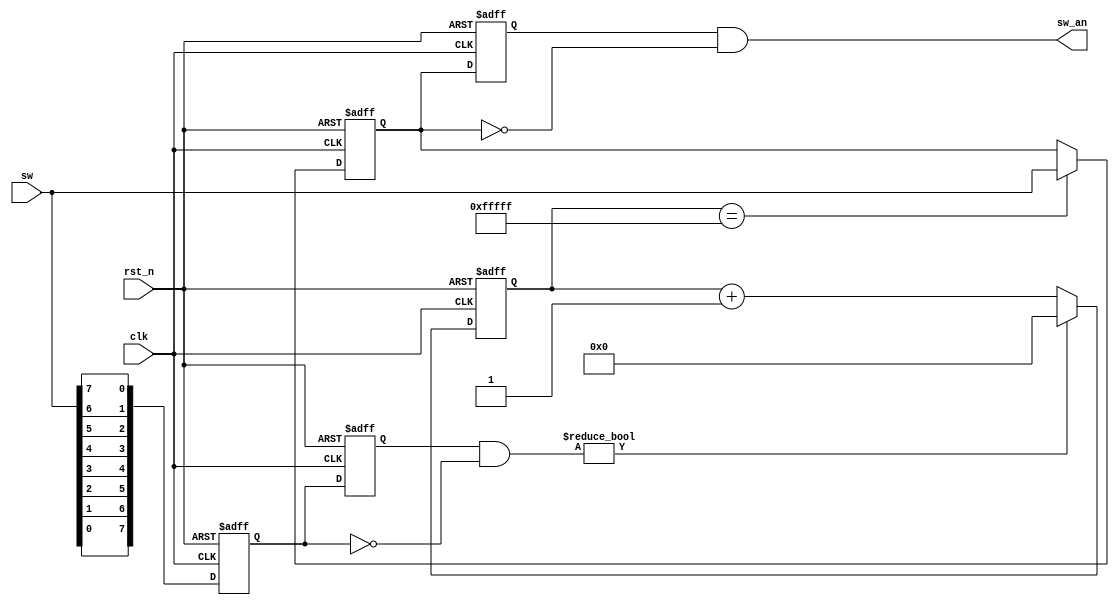
module anjian(clk,rst_n,sw,sw_an);
input clk,rst_n;
input[7:0] sw;
output[7:0] sw_an;
	
reg [7:0] key;
always @ (posedge clk or negedge rst_n)
	if (!rst_n) key<=8'b11111111;
	else key<={sw[0],sw[1],sw[2],sw[3],sw[4],sw[5],sw[6],sw[7]};
	
reg [7:0] key_r;
always @ (posedge clk or negedge rst_n)
	if (!rst_n) key_r<=8'b11111111;
	else key_r<=key;
		
wire[7:0] key_an=key_r&(~key);
	
reg[19:0] cnt;
always @ (posedge clk or negedge rst_n)
	if(!rst_n) cnt<=20'd0;
	else if(key_an) cnt<=20'd0;
	else cnt<=cnt+1'b1;
	
reg[7:0] sw1;
always @ (posedge clk or negedge rst_n)
	if(!rst_n) sw1<=8'b11111111;
	else if (cnt==20'hfffff) 
		sw1={sw[7],sw[6],sw[5],sw[4],sw[3],sw[2],sw[1],sw[0]};
	
reg[7:0] sw_r;
always @ (posedge clk or negedge rst_n)
	if(!rst_n) sw_r<=8'b11111111;
	else sw_r<=sw1;
	
wire[7:0] sw_an=sw_r&(~sw1);

endmodule